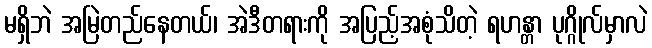
မရှိဘဲ အမြဲတည်နေတယ်၊ အဲဒီတရားကို အပြည့်အစုံသိတဲ့ ရဟန္တာ ပုဂ္ဂိုလ်မှာလဲ